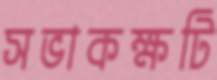
সভাকক্ষটি